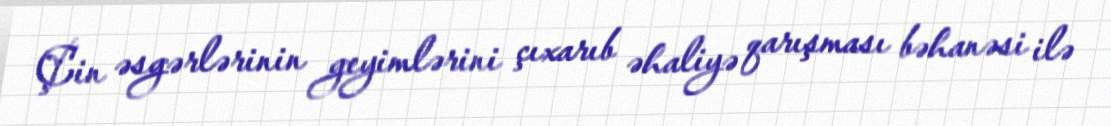
Çin əsgərlərinin geyimlərini çıxarıb əhaliyə qarışması bəhanəsi ilə